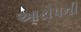
આરોપની